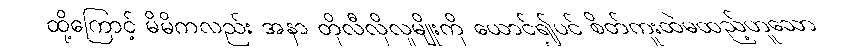
ထို့ကြောင့် မိမိကလည်း အနာ တိုလီလိုလူမျိုးကို ယောင်၍ပင် စိတ်ကူးထဲမထည့်ဟူသော